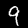
Digit: 9